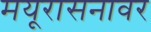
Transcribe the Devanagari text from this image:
मयूरासनावर